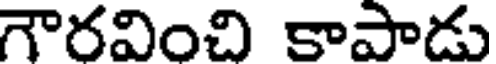
గౌరవించి కాపాడు